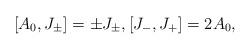
LaTeX: \begin{gather*} [A_0,J_{\pm}]=\pm J_{\pm},[J_{-},J_{+}]=2A_0,\end{gather*}